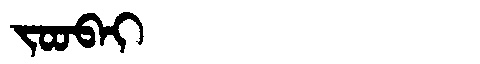
Manchu: ᠵᠣᠣᠪᠠᡳ
Romanization: JOOBAI